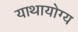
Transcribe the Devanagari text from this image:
याथायोग्य